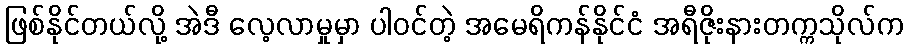
ဖြစ်နိုင်တယ်လို့ အဲဒီ လေ့လာမှုမှာ ပါဝင်တဲ့ အမေရိကန်နိုင်ငံ အရီဇိုးနားတက္ကသိုလ်က